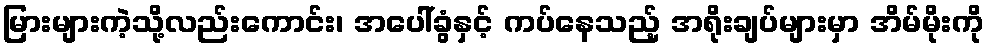
မြားများကဲ့သို့လည်းကောင်း၊ အပေါ်ခွံနှင့် ကပ်နေသည့် အရိုးချပ်များမှာ အိမ်မိုးကို